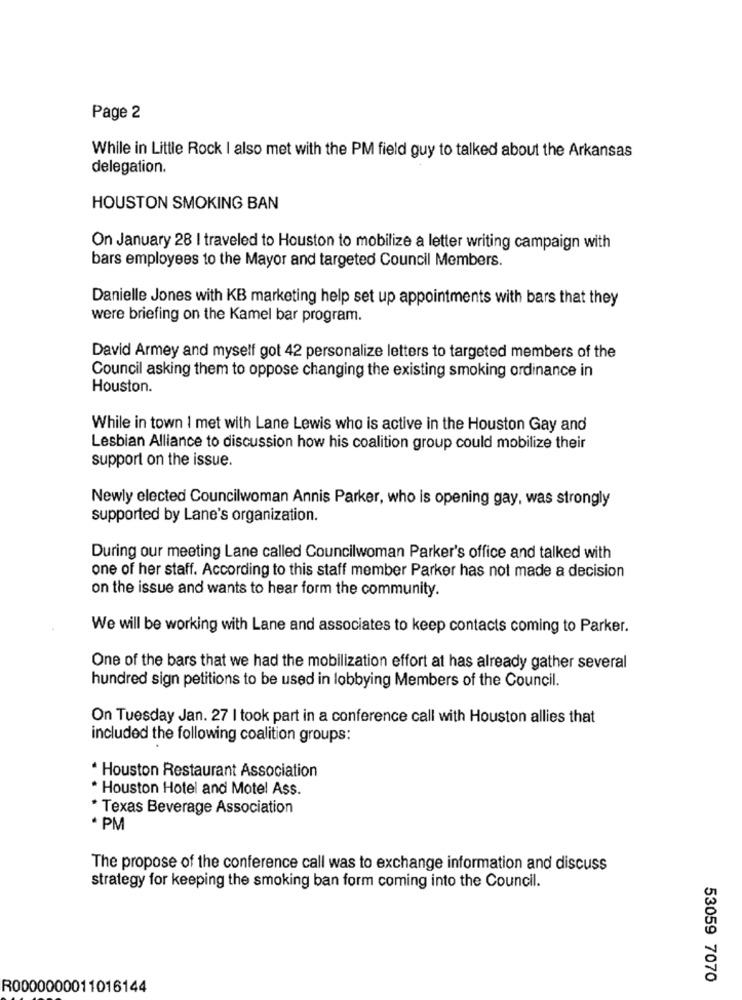
Page 2
While in Little Rock I also met with the PM field guy to talked about the Arkansas
delegation.
HOUSTON SMOKING BAN
On January 28 I traveled to Houston to mobilize a letter writing campaign with
bars employees to the Mayor and targeted Council Members.
Danielle Jones with KB marketing help set up appointments with bars that they
were briefing on the Kamel bar program.
David Armey and myself got 42 personalize letters to targeted members of the
Council asking them to oppose changing the existing smoking ordinance in
Houston.
While in town I met with Lane Lewis who is active in the Houston Gay and
Lesbian Alliance to discussion how his coalition group could mobilize their
support on the issue.
Newly elected Councilwoman Annis Parker, who is opening gay, was strongly
supported by Lane's organization.
During our meeting Lane called Councilwoman Parker's office and talked with
one of her staff. According to this staff member Parker has not made a decision
on the issue and wants to hear form the community.
We will be working with Lane and associates to keep contacts coming to Parker.
One of the bars that we had the mobilization effort at has already gather several
hundred sign petitions to be used in lobbying Members of the Council.
On Tuesday Jan. 27 I took part in a conference call with Houston allies that
included the following coalition groups:
* Houston Restaurant Association
* Houston Hotel and Motel Ass.
* Texas Beverage Association
* PM
The propose of the conference call was to exchange information and discuss
strategy for keeping the smoking ban form coming into the Council.
53059 7070
R0000000011016144